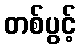
တစ်ပွင့်